Leaving Certificate Examination, 1908
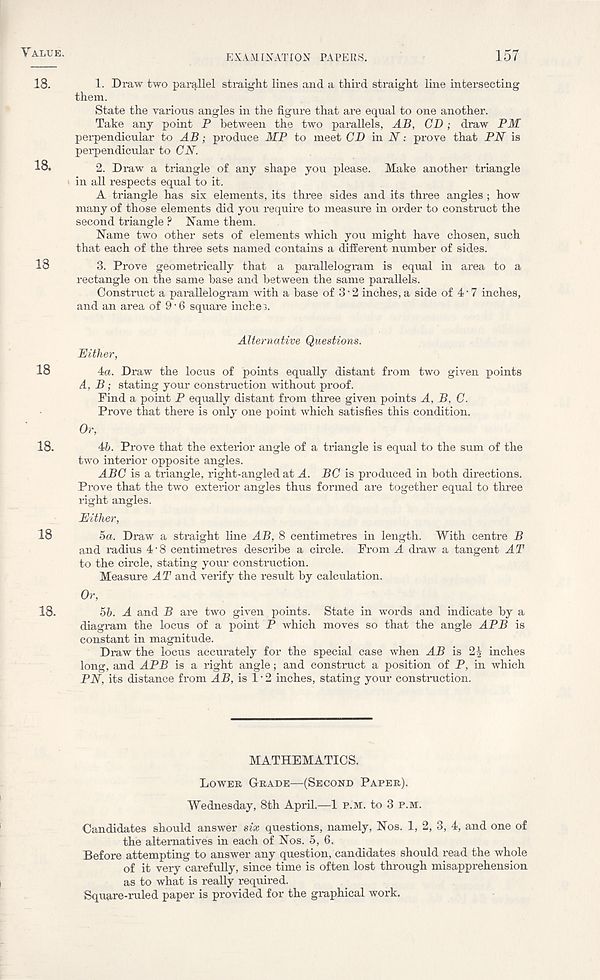
Yalue.
EXAMINATION PAPERS.
157
18.
1. Draw two parallel straight lines and a third straight line intersecting
them.
State the various angles in the figure that are equal to one another.
Take any point P between the two parallels, AB, CD; draw PM
perpendicular to AB; produce MP to meet CD in N: prove that PN is
perpendicular to CN.
18.
2. Draw a triangle of any shape you please. Make another triangle
in all respects equal to it.
A triangle has six elements, its three sides and its three angles ; how
many of those elements did you require to measure in order to construct the
second triangle ? Name them.
Name two other sets of elements which you might have chosen, such
that each of the three sets named contains a different number of sides.
18
3. Prove geometrically that a parallelogram is equal in area to a
rectangle on the same base and between the same parallels.
Construct a parallelogram with a base of 3 • 2 inches, a side of 4 • 7 inches,
and an area of 9 ■ 6 square inches.
Alternative Questions.
Either,
18
4a. Draw the locus of points equally distant from two given points
A, B; stating your construction without proof.
Find a point P equally distant from three given points A, B, C.
Prove that there is only one point which satisfies this condition.
Or,
18.
4Z>. Prove that the exterior angle of a triangle is equal to the sum of the
two interior opposite angles.
ABC is a triangle, 1' ight-angled at A. BC is produced in both directions.
Prove that the two exterior angles thus formed are together equal to three
right angles.
Either,
18
5a. Draw a straight line AB, 8 centimetres in length. With centre B
and radius 4'8 centimetres describe a circle. From A draw a tangent AT
to the circle, stating your construction.
Measure AT and verify the result by calculation.
Or,
18.
55. A and B are two given points. State in words and indicate by a
diagram the locus of a point P which moves so that the angle APB is
constant in magnitude.
Draw the locus accurately for the special case when AB is 2| inches
long, and APB is a right angle; and construct a position of P, in which
PN, its distance from AB, is 1 • 2 inches, stating your construction.
MATHEMATICS.
Lower Grade—(Second Paper).
Wednesday, 8th April.—1 p.m. to 3 p.m.
Candidates should answer six questions, namely, Nos. 1, 2, 3, 4, and one of
the alternatives in each of Nos. 5, 6.
Before attempting to answer any question, candidates should read the whole
of it very carefully, since time is often lost through misapprehension
as to what is really required.
Square-ruled paper is provided for the graphical work.